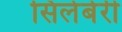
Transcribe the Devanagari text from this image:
सिलेबेरी